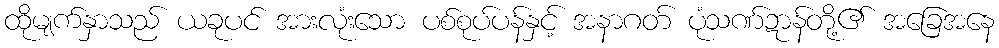
ထိုမျက်နှာသည် ယခုပင် အားလုံးသော ပစ်စုပ်ပန်နှင့် အနာဂတ် ပုံသဏ်ဍာန်တို့၏ အခြေအနေ